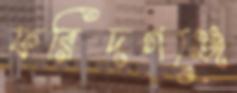
ফরিদগঞ্জে